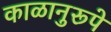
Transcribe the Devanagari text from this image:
काळानुरूपे